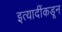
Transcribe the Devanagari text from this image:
इत्यादींकडून